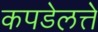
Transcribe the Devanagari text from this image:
कपडेलत्ते